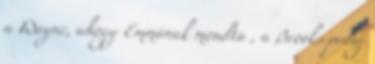
a Wayne, ahogy Emmának mondta , a Brooks pedig